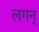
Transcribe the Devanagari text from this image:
लगन्